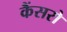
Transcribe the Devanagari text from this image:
कैंसरो